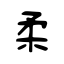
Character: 柔